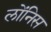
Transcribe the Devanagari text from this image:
लोंनिस